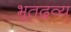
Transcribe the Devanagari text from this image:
भूतद्रव्य